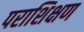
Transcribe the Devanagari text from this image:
पराशिक्षण